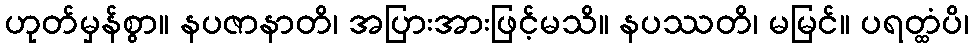
ဟုတ်မှန်စွာ။ နပဇာနာတိ၊ အပြားအားဖြင့်မသိ။ နပဿတိ၊ မမြင်။ ပရတ္ထံပိ၊